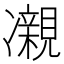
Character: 𫥝